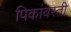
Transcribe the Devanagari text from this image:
पिकांवरती